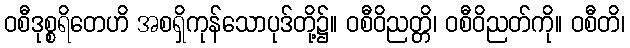
ဝစီဒုစ္စရိတေဟိ အစရှိကုန်သောပုဒ်တို့၌။ ဝစီဝိညတ္တိ၊ ဝစီဝိညတ်ကို။ ဝစီတိ၊